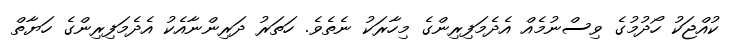
ކުއްޖަކު ހޯދުމުގެ ވިސްނުމެއް އެދެމަފިރިންގެ މިހާރަކު ނެތެވެ. ހަތަރު ދަރިންނާއެކު އެދެމަފިރިންގެ ހަޔާތް